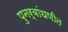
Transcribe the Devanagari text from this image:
पुनर्बांधणीत